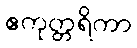
ဧကုတ္တရိကာ